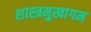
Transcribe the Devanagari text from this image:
शास्त्रमुखागम